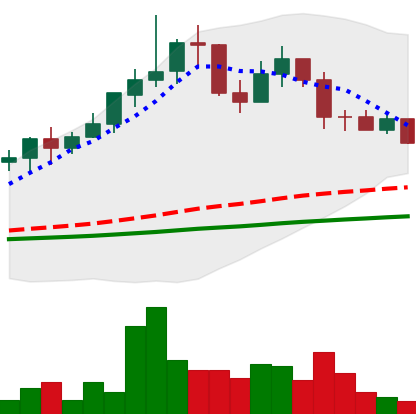
Ticker: LINK-USD
Chart end date: 2019-06-03
Forward return: 26.527%
Label: up_7plus